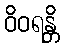
ဝိဝရန္တိ